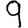
Digit: 9